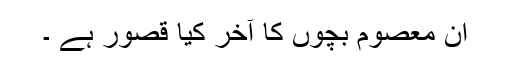
ان معصوم بچوں کا آخر کیا قصور ہے ۔